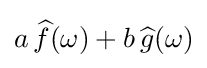
a\,{\widehat {f}}(\omega )+b\,{\widehat {g}}(\omega )